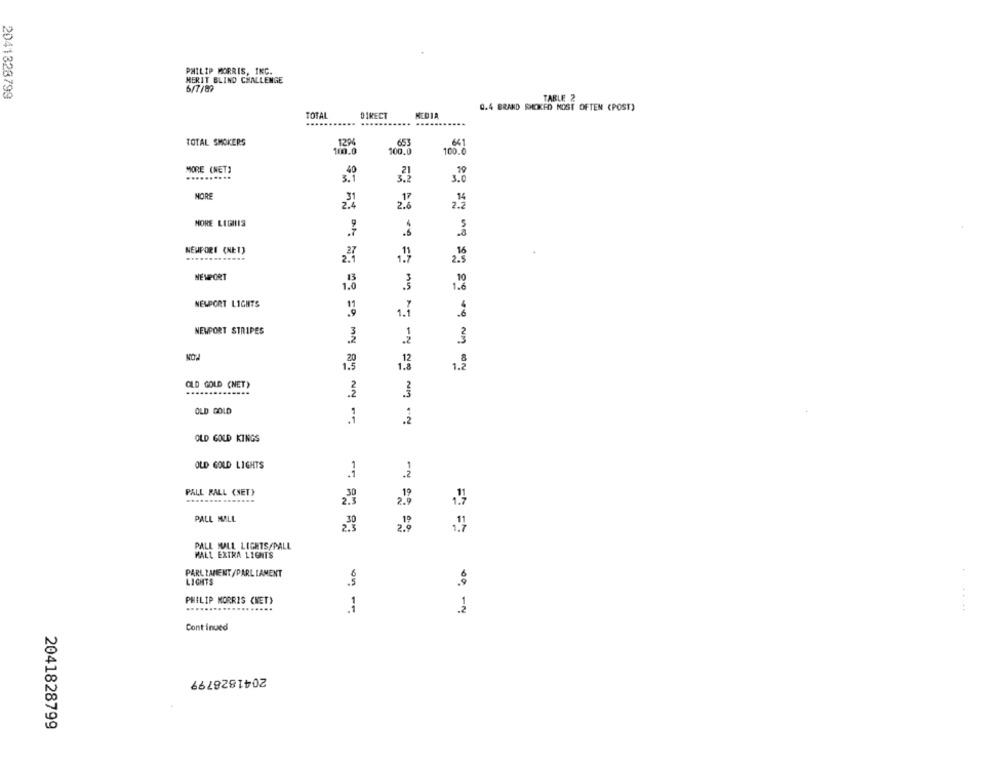
PHILIP MORRIS, INC.
MERIT BLIND CHALLENGE
6/7/89
2041328799
TABLE 2
0.4 BRAND SMOKED MOST OFTEN (POST)
TOTAL
DIRECT
MEDIA
----
TOTAL SMOKERS
1294
653
661
100.0
100.0
100.0
MORE (NET)
40
3.
3.2
3.0
MORE
MORE LEGHIS
NEWPORT (NE1)
27
2.1
1.7
2.5
NEWPORT
10
1.0
3
1.6
NEWPORT LIGHTS
.9
1.7
.6
NEWPORT STRIPES
3
3
20
1.
1.2
1.5
OLD GOLD (NET)
OLD GOLD
.2
OLD GOLD KINGS
OLD GOLD LIGHTS
.2
PALL RALL (NET)
2.9
PALL MALL
2.9
PALL MALL LIGHTS/PALL
MALL EXTRA LIGHTS
PARLIAMENT /PARL LAMENT
LIGHTS
en
PHILIP MORRIS (NET)
2
Continued
2041828799
2041828799